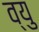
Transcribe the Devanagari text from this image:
व्यु